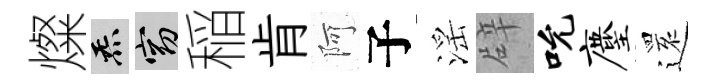
燦炁窈稲肯阿子滛辟吮麈𮟃